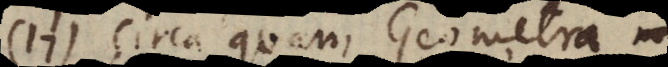
17) circa quam Geometra